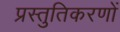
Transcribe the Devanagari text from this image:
प्रस्तुतिकरणों